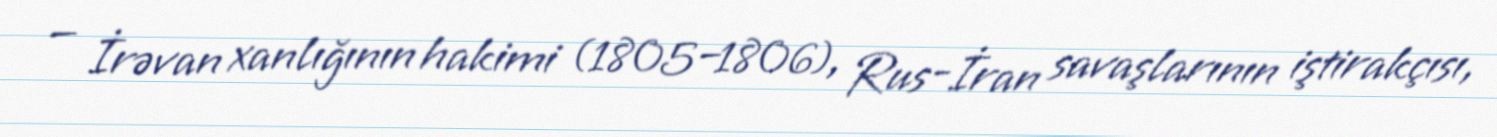
— İrəvan xanlığının hakimi (1805–1806), Rus-İran savaşlarının iştirakçısı,